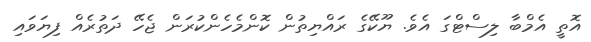
އޮތީ އެމްބާ ލިސްޓްގަ އެވެ. ޔޫކޭގެ ރައްޔިތުން ކޮންމެހެންކުރަން ޖެހޭ ދަތުރެއް ފިޔަވައި